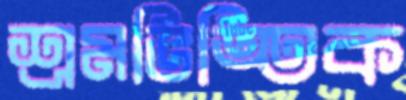
শ্রমভিত্তিক